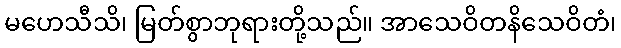
မဟေသီသိ၊ မြတ်စွာဘုရားတို့သည်။ အာသေဝိတနိသေဝိတံ၊